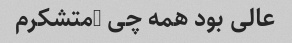
عالی بود همه چی …متشکرم